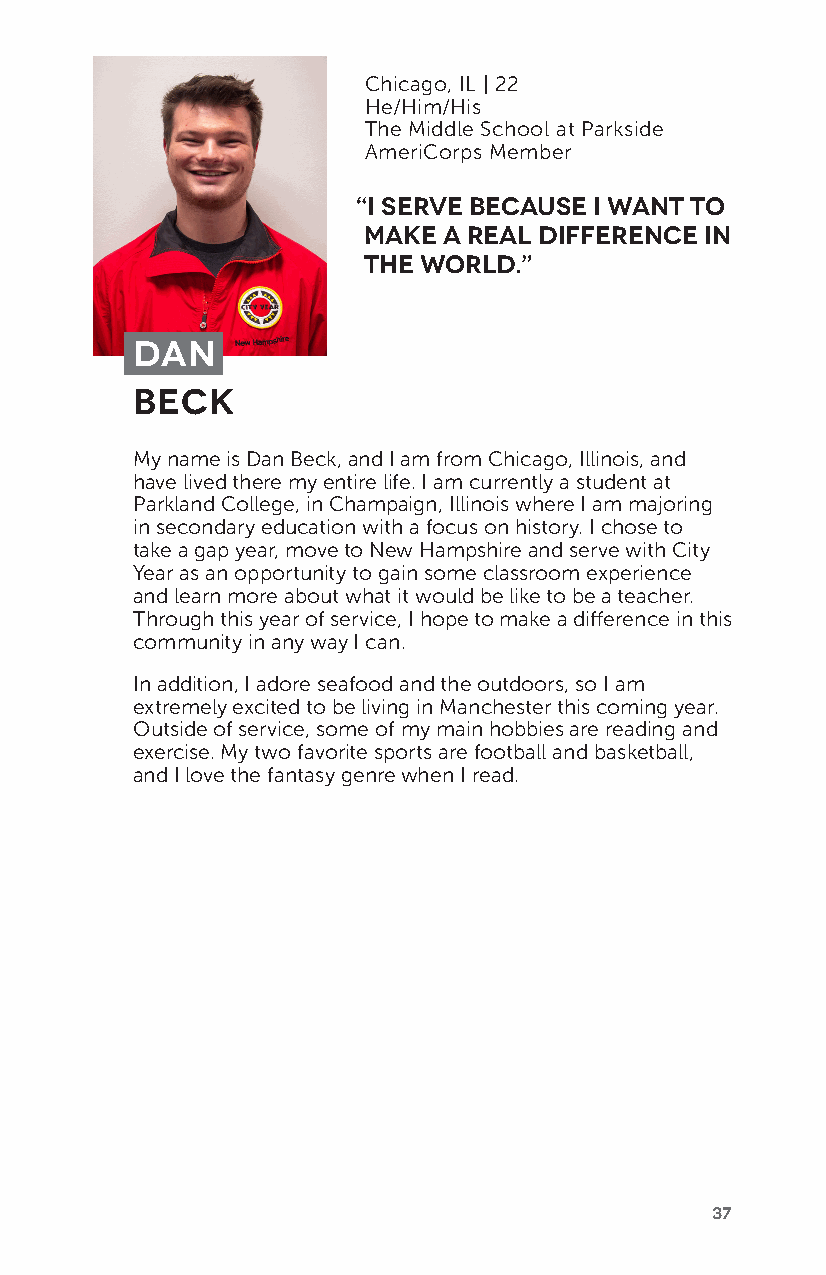
Chicago, IL | 22
 He/Him/His
 The Middle School at Parkside
 AmeriCorps Member
 “I serve because I want to
 make a real difference in
 the world.”
 Dan
 Beck
 My name is Dan Beck, and I am from Chicago, Illinois, and
 have lived there my entire life. I am currently a student at
 Parkland College, in Champaign, Illinois where I am majoring
 in secondary education with a focus on history. I chose to
 take a gap year, move to New Hampshire and serve with City
 Year as an opportunity to gain some classroom experience
 and learn more about what it would be like to be a teacher.
 Through this year of service, I hope to make a difference in this
 community in any way I can.
 In addition, I adore seafood and the outdoors, so I am
 extremely excited to be living in Manchester this coming year.
 Outside of service, some of my main hobbies are reading and
 exercise. My two favorite sports are football and basketball,
 and I love the fantasy genre when I read.
 37